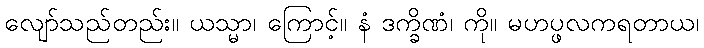
လျော်သည်တည်း။ ယသ္မာ၊ ကြောင့်။ နံ ဒက္ခိဏံ၊ ကို။ မဟပ္ဖလကရတာယ၊